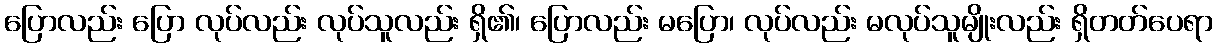
ပြောလည်း ပြော လုပ်လည်း လုပ်သူလည်း ရှိ၏၊ ပြောလည်း မပြော၊ လုပ်လည်း မလုပ်သူမျိုးလည်း ရှိတတ်ပေရာ